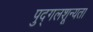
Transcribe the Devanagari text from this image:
पुद्गलशून्यता